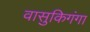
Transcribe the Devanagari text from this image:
वासुकिगंगा